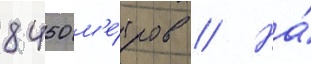
8450 м'е́тров // На́